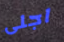
اجلى